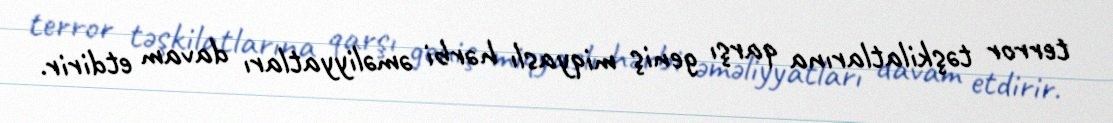
terror təşkilatlarına qarşı geniş miqyaslı hərbi əməliyyatları davam etdirir.